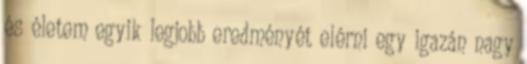
és életem egyik legjobb eredményét elérni egy igazán nagy